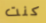
كنت